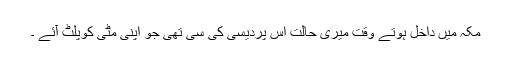
مکہ میں داخل ہوتے وقت میری حالت اس پردیسی کی سی تھی جو اپنی مٹی کوپلٹ آئے ۔